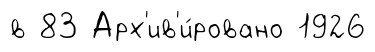
в 83 Арх'ив'и́ровано 1926